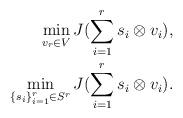
LaTeX: \begin{align*}\min_{v_r\in V} J( \sum_{i=1}^{r} s_i \otimes v_i),\\\min_{\{s_i\}_{i=1}^r \in S^r} J( \sum_{i=1}^{r} s_i \otimes v_i). \end{align*}